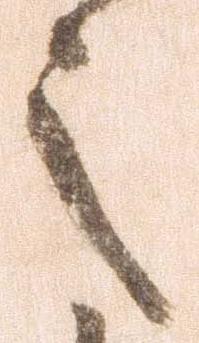
之